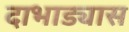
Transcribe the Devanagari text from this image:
दाभाड्यास